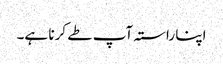
اپنا راستہ آپ طے کرنا ہے۔